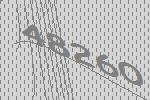
48260